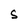
Character: S